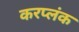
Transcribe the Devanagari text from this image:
करप्लंक